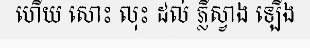
ហើយ សោះ លុះ ដល់ ភ្លឺស្វាង ឡើង